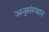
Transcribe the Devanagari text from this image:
अनुसंस्थान